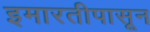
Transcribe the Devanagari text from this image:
इमारतीपासून